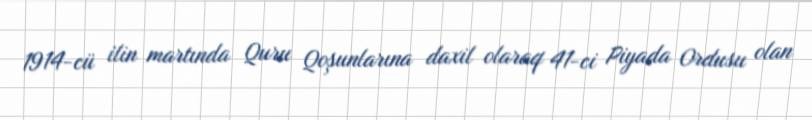
1914-cü ilin martında Quru Qoşunlarına daxil olaraq 41-ci Piyada Ordusu olan